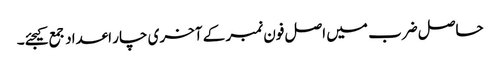
حاصل ضرب میں اصل فون نمبر کے آخری چار اعداد جمع کیجئے۔